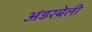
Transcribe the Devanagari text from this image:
अंडरबेली